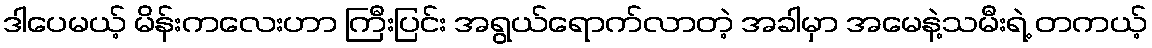
ဒါပေမယ့် မိန်းကလေးဟာ ကြီးပြင်း အရွယ်ရောက်လာတဲ့ အခါမှာ အမေနဲ့သမီးရဲ့ တကယ့်